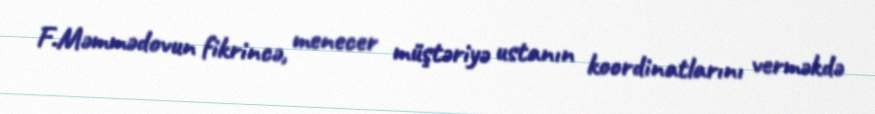
F.Məmmədovun fikrincə, menecer müştəriyə ustanın koordinatlarını verməkdə